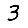
Digit: 3